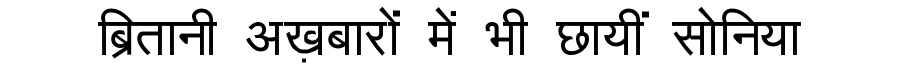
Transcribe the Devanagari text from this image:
ब्रितानी अख़बारों में भी छायीं सोनिया